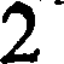
2